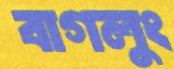
বাগলুং